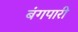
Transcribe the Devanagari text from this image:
बंगपारी